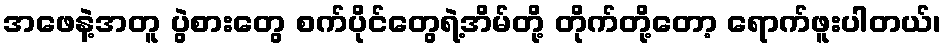
အဖေနဲ့အတူ ပွဲစားတွေ စက်ပိုင်တွေရဲ့အိမ်တို့ တိုက်တို့တော့ ရောက်ဖူးပါတယ်၊